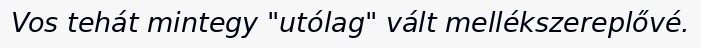
Vos tehát mintegy "utólag" vált mellékszereplővé.